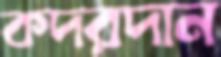
কদরদান